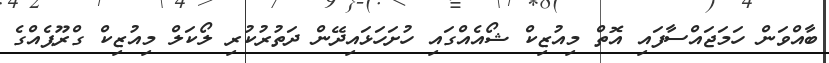
ބާއްވަން ހަމަޖައްސާފައި އޮތް މިއުޒިކް ޝޯއެއްގައި ހުށަހަޅައިދޭން ދަތުރުކުރި ލޯކަލް މިއުޒިކް ގްރޫޕެއްގެ